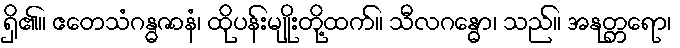
ရှိ၏။ ဧတေသံဂန္ဓဇာနံ၊ ထိုပန်းမျိုးတို့ထက်။ သီလဂန္ဓော၊ သည်။ အနုတ္တရော၊